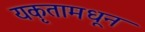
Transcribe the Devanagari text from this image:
यकृतामधून